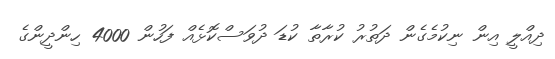
ދިއްލީ އިން ނިކުމެގެން ދަތުރު ކުރާތާ ކުޑަ ދުވަސްކޮޅެއް ފަހުން 4000 ހިންދީންގެ